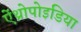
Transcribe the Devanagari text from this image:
ऐंथ्रोपोइडिया